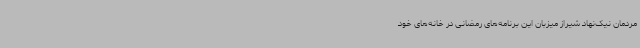
مردمان نیک‌نهاد شیراز میزبان این برنامه‌های رمضانی در خانه‌های خود